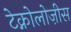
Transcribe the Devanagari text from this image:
टेक्नोलोज़ीस